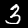
Digit: 3